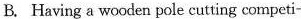
B.Having a wooden pole cutting competi-